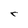
Character: r